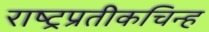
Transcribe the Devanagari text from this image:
राष्ट्रप्रतीकचिन्ह